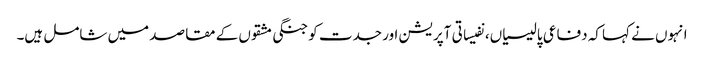
انہوں نے کہا کہ دفاعی پالیسیاں، نفیساتی آپریشن اور جدت کو جنگی مشقوں کے مقاصد میں شامل ہیں۔